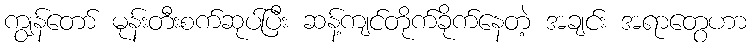
ကျွန်တော် မုန်းတီးစက်ဆုပ်ပြီး ဆန့်ကျင်တိုက်ခိုက်နေတဲ့ အချင်း အရာတွေဟာ